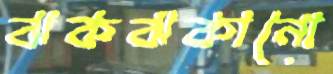
ঝকঝকানো